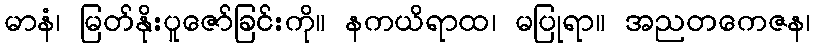
မာနံ၊ မြတ်နိုးပူဇော်ခြင်းကို။ နကယိရာထ၊ မပြုရာ။ အညတကေဇန၊